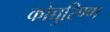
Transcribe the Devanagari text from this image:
कोच्चुरिण्ण